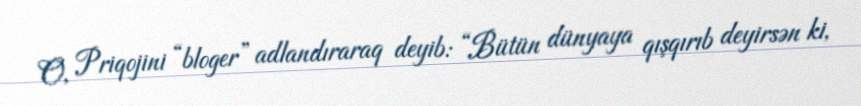
O, Priqojini “bloger” adlandıraraq deyib: “Bütün dünyaya qışqırıb deyirsən ki,